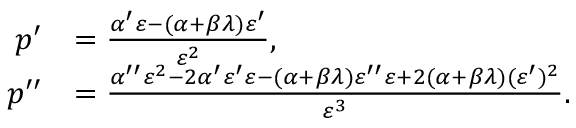
\begin{array} { r l } { p ^ { \prime } } & { = \frac { \alpha ^ { \prime } \varepsilon - ( \alpha + \beta \lambda ) \varepsilon ^ { \prime } } { \varepsilon ^ { 2 } } , } \\ { p ^ { \prime \prime } } & { = \frac { \alpha ^ { \prime \prime } \varepsilon ^ { 2 } - 2 \alpha ^ { \prime } \varepsilon ^ { \prime } \varepsilon - ( \alpha + \beta \lambda ) \varepsilon ^ { \prime \prime } \varepsilon + 2 ( \alpha + \beta \lambda ) ( \varepsilon ^ { \prime } ) ^ { 2 } } { \varepsilon ^ { 3 } } . } \end{array}